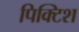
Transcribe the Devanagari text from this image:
पिक्टिश